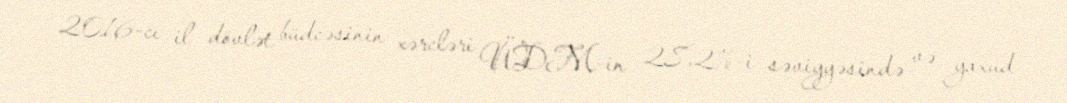
2016-cı il dövlət büdcəsinin xərcləri ÜDM-in 28,2%-i səviyyəsində və yaxud